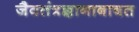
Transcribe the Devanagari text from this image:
जैवतंत्रज्ञानाबाबत